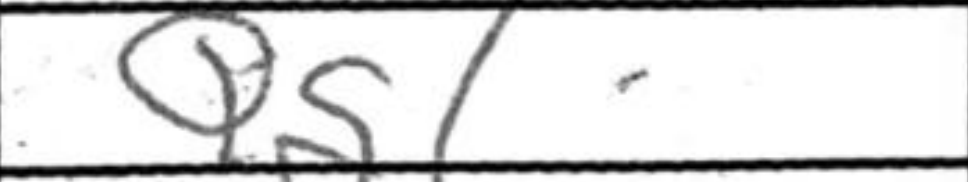
Transcription: Qg1